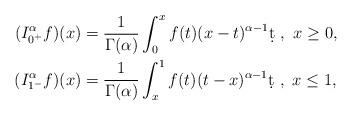
LaTeX: \begin{align*} (I_{0^+}^{\alpha}f)(x) & = \frac{1}{\Gamma(\alpha)}\int_0^xf(t)(x-t)^{\alpha-1}\d t\ ,\ x\ge 0,\\ (I_{1^-}^{\alpha}f)(x) & = \frac{1}{\Gamma(\alpha)}\int_x^1f(t)(t-x)^{\alpha-1}\d t\ ,\ x\le 1,\end{align*}